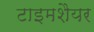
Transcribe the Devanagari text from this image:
टाइमशैयर